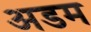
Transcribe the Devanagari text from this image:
अडम